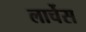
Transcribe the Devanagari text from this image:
लार्चेस